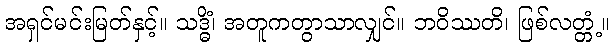
အရှင်မင်းမြတ်နှင့်။ သဒ္ဓိံ၊ အတူကတွာသာလျှင်။ ဘဝိဿတိ၊ ဖြစ်လတ္တံ့။